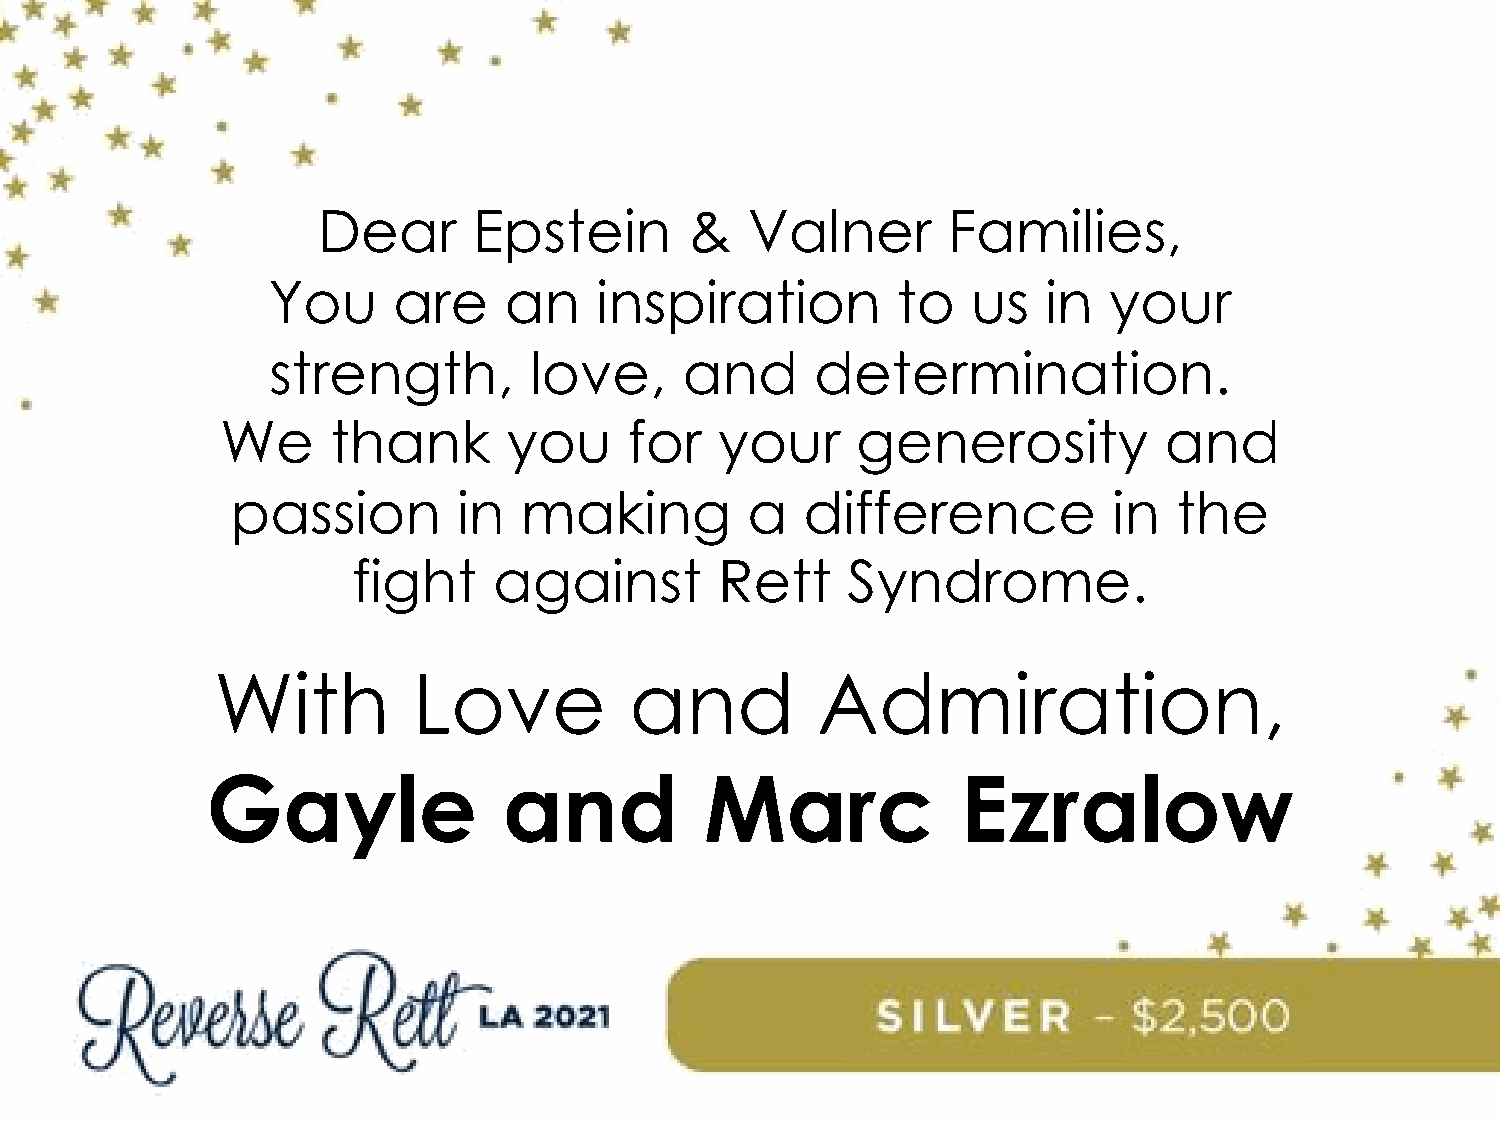
Dear      Epstein        &   Valner       Families,
 You     are    an    inspiration         to   us   in  your
 strength,        love,     and      determination.
 We     thank       you     for   your     generosity          and
 passion        in  making         a   difference           in  the
 fight     against        Rett    Syndrome.
 With         Love           and         Admiration,
 Gayle              and           Marc             Ezralow